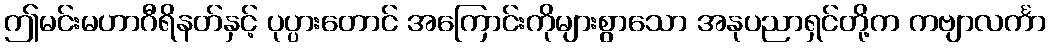
ဤမင်းမဟာဂီရိနတ်နှင့် ပုပ္ပားတောင် အကြောင်းကိုများစွာသော အနုပညာရှင်တို့က ကဗျာလင်္ကာ